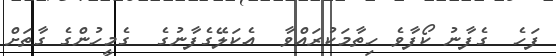
ފަހެ  ގެފާނު ކޯފާވެ ހިތާމަކުރައްވާ  އެކަލޭގެފާނުގެ  ގެމީހުންގެ ގާތަށް